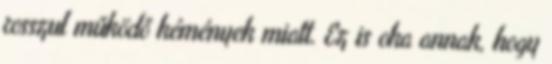
rosszul működő kémények miatt. Ez is oka annak, hogy